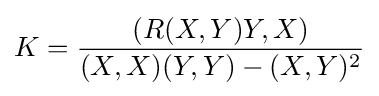
K={(R(X,Y)Y,X) \over (X,X)(Y,Y)-(X,Y)^{2}}